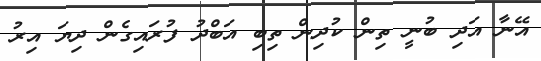
އޭނާ އަދި ބުނީ ތިން ކުދިން ތިބި އަބްދު ފުރައިގެން ދިޔަ އިރު